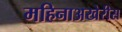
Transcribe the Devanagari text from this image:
महिनाअखेरीस